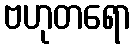
ဗဟုတရော